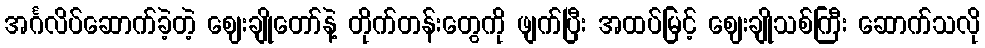
အင်္ဂလိပ်ဆောက်ခဲ့တဲ့ ဈေးချိုတော်နဲ့ တိုက်တန်းတွေကို ဖျက်ပြီး အထပ်မြင့် ဈေးချိုသစ်ကြီး ဆောက်သလို